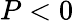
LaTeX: P<0